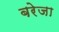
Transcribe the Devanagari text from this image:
बरेजा